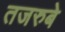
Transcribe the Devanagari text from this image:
तजरुबे